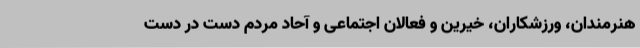
هنرمندان، ورزشکاران، خیرین و فعالان اجتماعی و آحاد مردم دست در دست